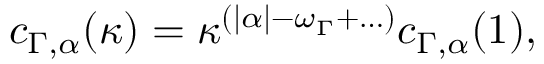
c _ { \Gamma , \alpha } ( \kappa ) = \kappa ^ { ( | \alpha | - \omega _ { \Gamma } + \ldots ) } c _ { \Gamma , \alpha } ( 1 ) ,